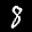
Label: 8